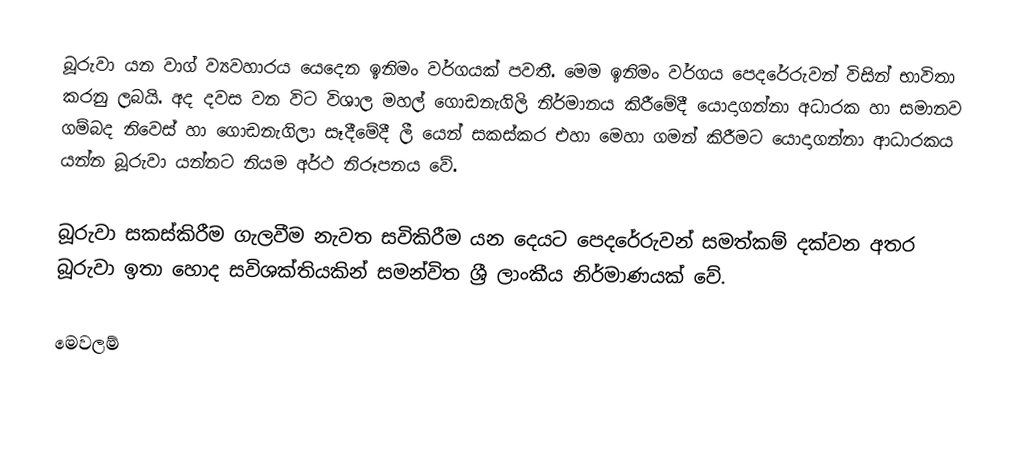
බූරුවා යන වාග් ව්‍යවහාරය යෙදෙන ඉනිමං වර්ගයක් පවතී. මෙම ඉනිමං වර්ගය පෙදරේරුවන් විසින් භාවිතා කරනු ලබයි. අද දවස වන විට විශාල මහල් ගොඩනැගිලි නිර්මානය කිරීමේදී යොදාගන්නා අධාරක හා සමානව ගම්බද නිවෙස් හා ගොඩනැගිලා සෑදීමේදී ලී යෙන් සකස්කර එහා මෙහා ගමන් කිරීමට යොදාගන්නා ආධාරකය යන්න බූරුවා යන්නට නියම අර්ථ නිරූපනය වේ.

බූරුවා සකස්කිරීම ගැලවීම නැවත සවිකිරීම යන දෙයට පෙදරේරුවන් සමත්කම් දක්වන අතර බූරුවා ඉතා හොද සවිශක්තියකින් සමන්විත ශ්‍රී ලාංකීය නිර්මාණයක් වේ.

මෙවලම්